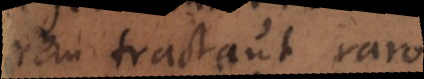
rem tractant raro